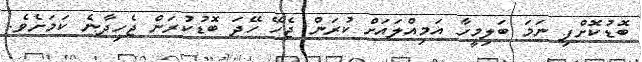
ބޮޑުކޮށްފި ނަމަ ބަލިމީހާ އަމިއްލައަށް ކުރަން ޖެހޭ ހޭދަ ބޮޑުކުރަން ޖެހިދާނެ ކަމަށެވެ.